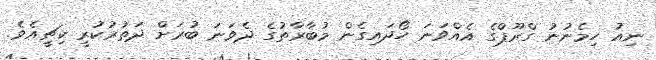
ނިއު ހިމެނުނު ގްރޫޕްގެ އެއްވަނަ ހޯދައިގެން މުބާރާތުގެ ދެވަނަ ބުރަށް ދަތުރުކުރީ ކިޗީއެވެ.